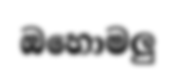
ඔහොමලු